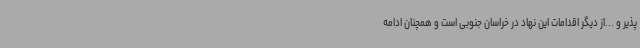
پذیر و ...از دیگر اقدامات این نهاد در خراسان جنوبی است و همچنان ادامه